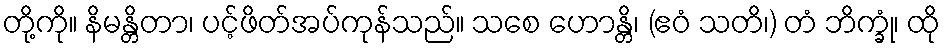
တို့ကို။ နိမန္တိတာ၊ ပင့်ဖိတ်အပ်ကုန်သည်။ သစေ ဟောန္တိ၊ (ဧဝံ သတိ၊) တံ ဘိက္ခုံ၊ ထို